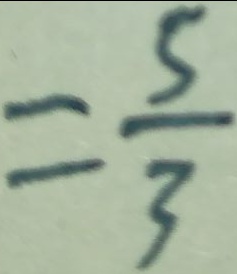
= \frac { 5 } { 3 }